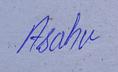
Signature authenticity: genuine